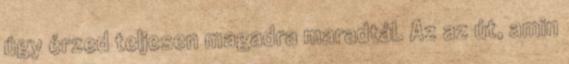
úgy érzed teljesen magadra maradtál. Az az út, amin